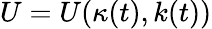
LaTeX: U=U(\kappa(t),k(t))